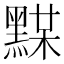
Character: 𪑞